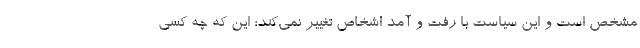
مشخص است و این سیاست با رفت و آمد اشخاص تغییر نمی‌کند؛ این که چه کسی